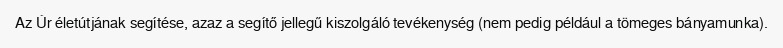
Az Úr életútjának segítése, azaz a segítő jellegű kiszolgáló tevékenység (nem pedig például a tömeges bányamunka).